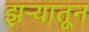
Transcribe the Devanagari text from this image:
झऱ्यातून